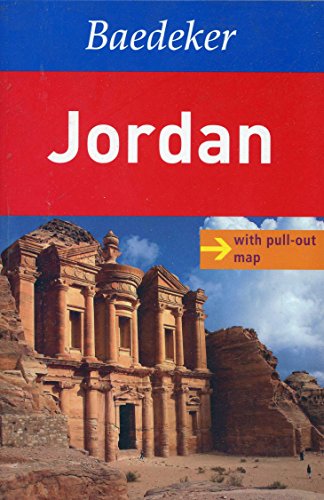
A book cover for Jordan Baedeker Guide (Baedeker Guides); Baedeker; Travel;